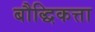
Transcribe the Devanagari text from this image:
बौद्धिकत्ता